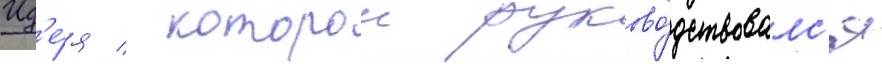
Ид'е́я / которои руково́дствовалс'я